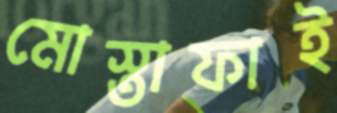
মোস্তাফাই